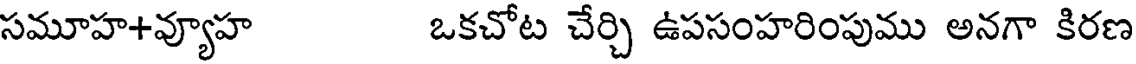
సమూహ+వ్యూహ ఒకచోట చేర్చి ఉపసంహరింపుము అనగా కిరణ